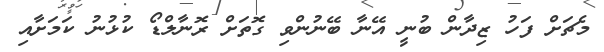
މެޗަށް ފަހު ޒިދާން ބުނީ އޭނާ ބޭނުންވި ގޮތަށް ރޮނާލްޑޯ ކުޅުނު ކަމަށާއި